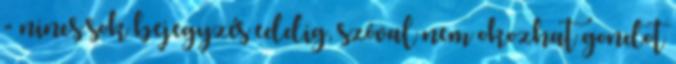
- nincs sok bejegyzés eddig, szóval nem okozhat gondot